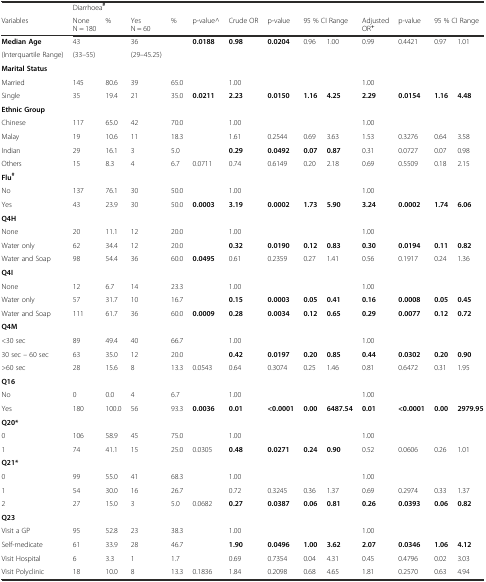
<table><thead><tr><td></td><td colspan="4"><b>Diarrhoea<sup>#</sup></b></td><td></td><td></td><td></td><td></td><td></td><td></td><td></td><td></td><td></td></tr><tr><td><b>Variables</b></td><td><b>None N = 180</b></td><td><b>%</b></td><td><b>Yes N = 60</b></td><td><b>%</b></td><td><b>p-value^</b></td><td><b>Crude OR</b></td><td><b>p-value</b></td><td colspan="2"><b>95 % CI Range</b></td><td><b>Adjusted OR<sup>+</sup></b></td><td><b>p-value</b></td><td colspan="2"><b>95 % CI Range</b></td></tr></thead><tbody><tr><td><b>Median Age</b></td><td>43</td><td></td><td>36</td><td></td><td><b>0.0188</b></td><td><b>0.98</b></td><td><b>0.0204</b></td><td>0.96</td><td>1.00</td><td>0.99</td><td>0.4421</td><td>0.97</td><td>1.01</td></tr><tr><td>(Interquartile Range)</td><td>(33–55)</td><td></td><td>(29–45.25)</td><td></td><td></td><td></td><td></td><td></td><td></td><td></td><td></td><td></td><td></td></tr><tr><td><b>Marital Status</b></td><td></td><td></td><td></td><td></td><td></td><td></td><td></td><td></td><td></td><td></td><td></td><td></td><td></td></tr><tr><td>Married</td><td>145</td><td>80.6</td><td>39</td><td>65.0</td><td></td><td>1.00</td><td></td><td></td><td></td><td>1.00</td><td></td><td></td><td></td></tr><tr><td>Single</td><td>35</td><td>19.4</td><td>21</td><td>35.0</td><td><b>0.0211</b></td><td><b>2.23</b></td><td><b>0.0150</b></td><td><b>1.16</b></td><td><b>4.25</b></td><td><b>2.29</b></td><td><b>0.0154</b></td><td><b>1.16</b></td><td><b>4.48</b></td></tr><tr><td><b>Ethnic Group</b></td><td></td><td></td><td></td><td></td><td></td><td></td><td></td><td></td><td></td><td></td><td></td><td></td><td></td></tr><tr><td>Chinese</td><td>117</td><td>65.0</td><td>42</td><td>70.0</td><td></td><td>1.00</td><td></td><td></td><td></td><td>1.00</td><td></td><td></td><td></td></tr><tr><td>Malay</td><td>19</td><td>10.6</td><td>11</td><td>18.3</td><td></td><td>1.61</td><td>0.2544</td><td>0.69</td><td>3.63</td><td>1.53</td><td>0.3276</td><td>0.64</td><td>3.58</td></tr><tr><td>Indian</td><td>29</td><td>16.1</td><td>3</td><td>5.0</td><td></td><td><b>0.29</b></td><td><b>0.0492</b></td><td><b>0.07</b></td><td><b>0.87</b></td><td>0.31</td><td>0.0727</td><td>0.07</td><td>0.98</td></tr><tr><td>Others</td><td>15</td><td>8.3</td><td>4</td><td>6.7</td><td>0.0711</td><td>0.74</td><td>0.6149</td><td>0.20</td><td>2.18</td><td>0.69</td><td>0.5509</td><td>0.18</td><td>2.15</td></tr><tr><td><b>Flu</b><sup><b>#</b></sup></td><td></td><td></td><td></td><td></td><td></td><td></td><td></td><td></td><td></td><td></td><td></td><td></td><td></td></tr><tr><td>No</td><td>137</td><td>76.1</td><td>30</td><td>50.0</td><td></td><td>1.00</td><td></td><td></td><td></td><td>1.00</td><td></td><td></td><td></td></tr><tr><td>Yes</td><td>43</td><td>23.9</td><td>30</td><td>50.0</td><td><b>0.0003</b></td><td><b>3.19</b></td><td><b>0.0002</b></td><td><b>1.73</b></td><td><b>5.90</b></td><td><b>3.24</b></td><td><b>0.0002</b></td><td><b>1.74</b></td><td><b>6.06</b></td></tr><tr><td><b>Q4H</b></td><td></td><td></td><td></td><td></td><td></td><td></td><td></td><td></td><td></td><td></td><td></td><td></td><td></td></tr><tr><td>None</td><td>20</td><td>11.1</td><td>12</td><td>20.0</td><td></td><td>1.00</td><td></td><td></td><td></td><td>1.00</td><td></td><td></td><td></td></tr><tr><td>Water only</td><td>62</td><td>34.4</td><td>12</td><td>20.0</td><td></td><td><b>0.32</b></td><td><b>0.0190</b></td><td><b>0.12</b></td><td><b>0.83</b></td><td><b>0.30</b></td><td><b>0.0194</b></td><td><b>0.11</b></td><td><b>0.82</b></td></tr><tr><td>Water and Soap</td><td>98</td><td>54.4</td><td>36</td><td>60.0</td><td><b>0.0495</b></td><td>0.61</td><td>0.2359</td><td>0.27</td><td>1.41</td><td>0.56</td><td>0.1917</td><td>0.24</td><td>1.36</td></tr><tr><td><b>Q4I</b></td><td></td><td></td><td></td><td></td><td></td><td></td><td></td><td></td><td></td><td></td><td></td><td></td><td></td></tr><tr><td>None</td><td>12</td><td>6.7</td><td>14</td><td>23.3</td><td></td><td>1.00</td><td></td><td></td><td></td><td>1.00</td><td></td><td></td><td></td></tr><tr><td>Water only</td><td>57</td><td>31.7</td><td>10</td><td>16.7</td><td></td><td><b>0.15</b></td><td><b>0.0003</b></td><td><b>0.05</b></td><td><b>0.41</b></td><td><b>0.16</b></td><td><b>0.0008</b></td><td><b>0.05</b></td><td><b>0.45</b></td></tr><tr><td>Water and Soap</td><td>111</td><td>61.7</td><td>36</td><td>60.0</td><td><b>0.0009</b></td><td><b>0.28</b></td><td><b>0.0034</b></td><td><b>0.12</b></td><td><b>0.65</b></td><td><b>0.29</b></td><td><b>0.0077</b></td><td><b>0.12</b></td><td><b>0.72</b></td></tr><tr><td><b>Q4M</b></td><td></td><td></td><td></td><td></td><td></td><td></td><td></td><td></td><td></td><td></td><td></td><td></td><td></td></tr><tr><td>&lt;30 sec</td><td>89</td><td>49.4</td><td>40</td><td>66.7</td><td></td><td>1.00</td><td></td><td></td><td></td><td>1.00</td><td></td><td></td><td></td></tr><tr><td>30 sec – 60 sec</td><td>63</td><td>35.0</td><td>12</td><td>20.0</td><td></td><td><b>0.42</b></td><td><b>0.0197</b></td><td><b>0.20</b></td><td><b>0.85</b></td><td><b>0.44</b></td><td><b>0.0302</b></td><td><b>0.20</b></td><td><b>0.90</b></td></tr><tr><td>&gt;60 sec</td><td>28</td><td>15.6</td><td>8</td><td>13.3</td><td>0.0543</td><td>0.64</td><td>0.3074</td><td>0.25</td><td>1.46</td><td>0.81</td><td>0.6472</td><td>0.31</td><td>1.95</td></tr><tr><td><b>Q16</b></td><td></td><td></td><td></td><td></td><td></td><td></td><td></td><td></td><td></td><td></td><td></td><td></td><td></td></tr><tr><td>No</td><td>0</td><td>0.0</td><td>4</td><td>6.7</td><td></td><td>1.00</td><td></td><td></td><td></td><td>1.00</td><td></td><td></td><td></td></tr><tr><td>Yes</td><td>180</td><td>100.0</td><td>56</td><td>93.3</td><td><b>0.0036</b></td><td><b>0.01</b></td><td><b>&lt;0.0001</b></td><td><b>0.00</b></td><td><b>6487.54</b></td><td><b>0.01</b></td><td><b>&lt;0.0001</b></td><td><b>0.00</b></td><td><b>2979.95</b></td></tr><tr><td><b>Q20*</b></td><td></td><td></td><td></td><td></td><td></td><td></td><td></td><td></td><td></td><td></td><td></td><td></td><td></td></tr><tr><td>0</td><td>106</td><td>58.9</td><td>45</td><td>75.0</td><td></td><td>1.00</td><td></td><td></td><td></td><td>1.00</td><td></td><td></td><td></td></tr><tr><td>1</td><td>74</td><td>41.1</td><td>15</td><td>25.0</td><td>0.0305</td><td><b>0.48</b></td><td><b>0.0271</b></td><td><b>0.24</b></td><td><b>0.90</b></td><td>0.52</td><td>0.0606</td><td>0.26</td><td>1.01</td></tr><tr><td><b>Q21*</b></td><td></td><td></td><td></td><td></td><td></td><td></td><td></td><td></td><td></td><td></td><td></td><td></td><td></td></tr><tr><td>0</td><td>99</td><td>55.0</td><td>41</td><td>68.3</td><td></td><td>1.00</td><td></td><td></td><td></td><td>1.00</td><td></td><td></td><td></td></tr><tr><td>1</td><td>54</td><td>30.0</td><td>16</td><td>26.7</td><td></td><td>0.72</td><td>0.3245</td><td>0.36</td><td>1.37</td><td>0.69</td><td>0.2974</td><td>0.33</td><td>1.37</td></tr><tr><td>2</td><td>27</td><td>15.0</td><td>3</td><td>5.0</td><td>0.0682</td><td><b>0.27</b></td><td><b>0.0387</b></td><td><b>0.06</b></td><td><b>0.81</b></td><td><b>0.26</b></td><td><b>0.0393</b></td><td><b>0.06</b></td><td><b>0.82</b></td></tr><tr><td><b>Q23</b></td><td></td><td></td><td></td><td></td><td></td><td></td><td></td><td></td><td></td><td></td><td></td><td></td><td></td></tr><tr><td>Visit a GP</td><td>95</td><td>52.8</td><td>23</td><td>38.3</td><td></td><td>1.00</td><td></td><td></td><td></td><td>1.00</td><td></td><td></td><td></td></tr><tr><td>Self-medicate</td><td>61</td><td>33.9</td><td>28</td><td>46.7</td><td></td><td><b>1.90</b></td><td><b>0.0496</b></td><td><b>1.00</b></td><td><b>3.62</b></td><td><b>2.07</b></td><td><b>0.0346</b></td><td><b>1.06</b></td><td><b>4.12</b></td></tr><tr><td>Visit Hospital</td><td>6</td><td>3.3</td><td>1</td><td>1.7</td><td></td><td>0.69</td><td>0.7354</td><td>0.04</td><td>4.31</td><td>0.45</td><td>0.4796</td><td>0.02</td><td>3.03</td></tr><tr><td>Visit Polyclinic</td><td>18</td><td>10.0</td><td>8</td><td>13.3</td><td>0.1836</td><td>1.84</td><td>0.2098</td><td>0.68</td><td>4.65</td><td>1.81</td><td>0.2570</td><td>0.63</td><td>4.94</td></tr></tbody></table>